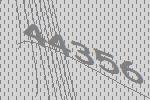
44356